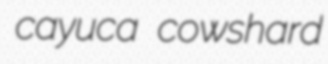
cayuca cowshard